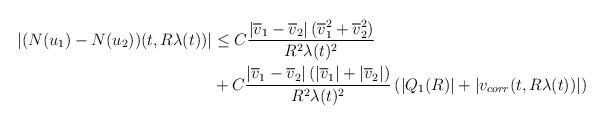
LaTeX: \begin{align*} |(N(u_{1})-N(u_{2}))(t,R\lambda(t))| &\leq C\frac{|\overline{v}_{1}-\overline{v}_{2}|\left(\overline{v}_{1}^{2}+\overline{v}_{2}^{2}\right)}{R^{2}\lambda(t)^{2}}\\&+C \frac{|\overline{v}_{1}-\overline{v}_{2}|\left(|\overline{v}_{1}|+|\overline{v}_{2}|\right)}{R^{2}\lambda(t)^{2}} \left(|Q_{1}(R)|+|v_{corr}(t,R\lambda(t))|\right)\end{align*}